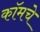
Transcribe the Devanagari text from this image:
कॉमचे